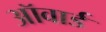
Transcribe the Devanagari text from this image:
ऑवार्ड